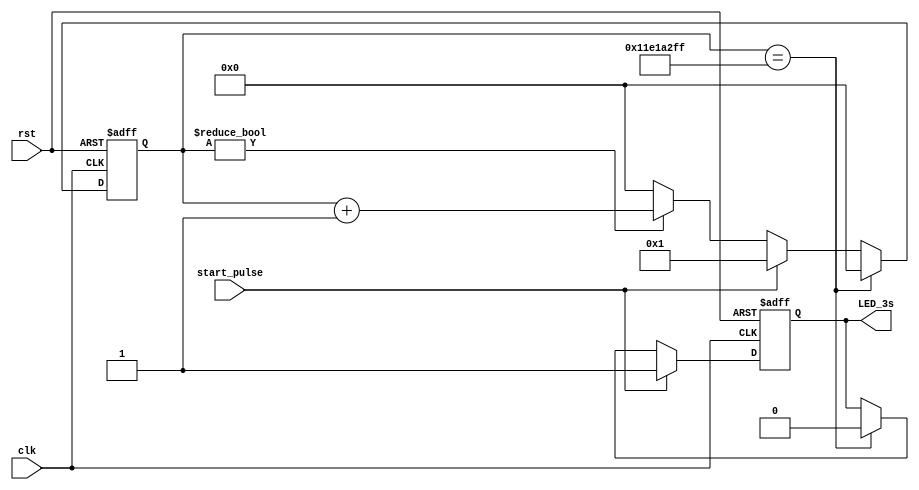
module LED_3s_gen (
    input clk,
    input rst,
    input start_pulse,
    output reg LED_3s
);
    reg [31:0] w_cnt;

    always @ (posedge clk or negedge rst) begin
        if (!rst) begin
            w_cnt <= 32'b0;
        end
        else begin
            if (w_cnt == 32'd299_999_999)   //99=>299
                w_cnt <= 32'd0;
            else if (start_pulse)
                w_cnt <= 32'd1;
            else if (w_cnt != 0)
                w_cnt <= w_cnt + 32'd1;
            else
                w_cnt <= 32'd0;
        end
    end

     always @ (posedge clk or negedge rst) begin
        if (!rst) begin
            LED_3s <= 1'b0;
        end
        else begin
            if (start_pulse)
                LED_3s <= 1'b1;
            else if (w_cnt == 32'd299_999_999)   //99=>299
                LED_3s <= 1'b0;
            else
                LED_3s <= LED_3s;
        end
    end
endmodule